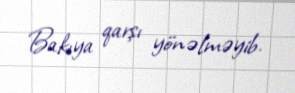
Bakıya qarşı yönəlməyib.